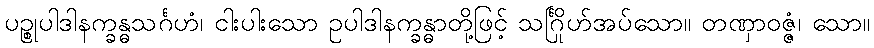
ပဉ္စုပါဒါနက္ခန္ဓသင်္ဂဟံ၊ ငါးပါးသော ဥပါဒါနက္ခန္ဓာတို့ဖြင့် သင်္ဂြိုဟ်အပ်သော။ တဏှာဝဇ္ဇံ၊ သော။